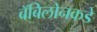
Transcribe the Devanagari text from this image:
बॅबिलोनकडे